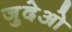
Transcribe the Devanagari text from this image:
जुदेओ